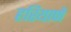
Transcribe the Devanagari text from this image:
हरियाणें